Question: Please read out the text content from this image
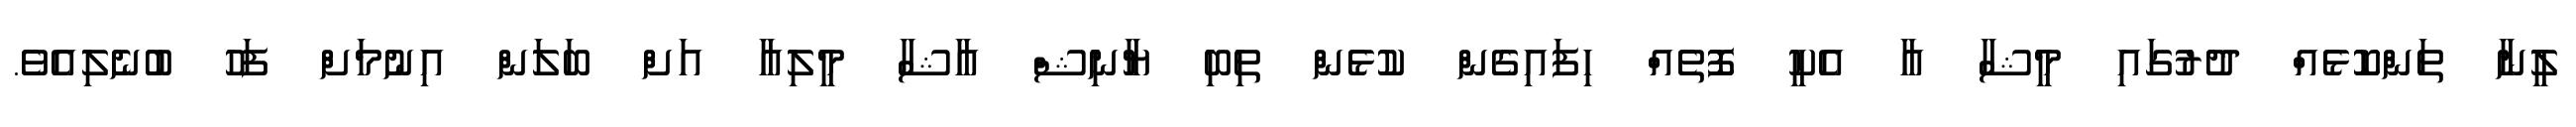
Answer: ލީނާ ތަންކޮޅެއް ދުރުގައި މީޝާ އާ އެކީ ފޮތެއް ހިފައިގެން ކުޅެން ތިބި ޔާނިޝް އާޝާ މީލިއާ އަށް ބަލަން އިނުމަށް ފަހު ބުނެލިއެވެ.